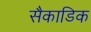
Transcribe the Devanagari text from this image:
सैकाडिक